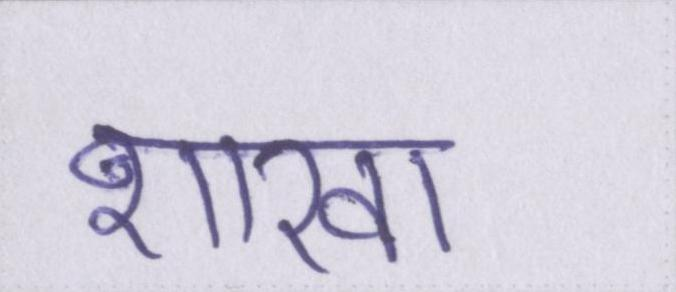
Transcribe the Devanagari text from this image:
शाखा